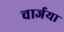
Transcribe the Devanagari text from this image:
चार्जया